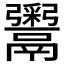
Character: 𬴹